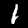
Digit: 1